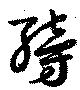
縍